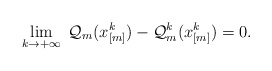
\begin{align*} \lim_{k \rightarrow +\infty} \;\mathcal{Q}_m( x_{[m]}^{k} ) - \mathcal{Q}_m^{k}(x_{[m]}^{k})=0.\end{align*}